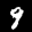
Label: 9